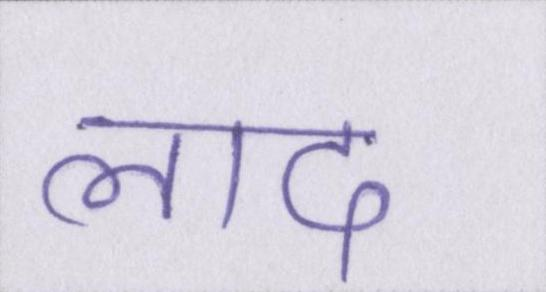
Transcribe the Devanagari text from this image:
लाद